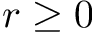
r \geq 0